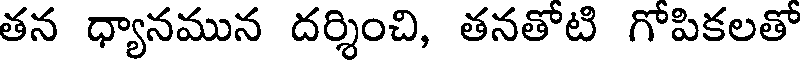
తన ధ్యానమున దర్శించి, తనతోటి గోపికలతో